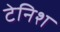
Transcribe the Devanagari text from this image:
टेनिश